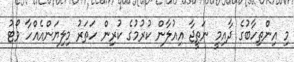
މި އިންތިހާބުގެ ދާއިމީ ނަތީޖާ އިއުލާން ކުރުމުގެ ކުރިން ހަތަރު މިލިޔަންއެއްހާ ވޯޓު